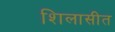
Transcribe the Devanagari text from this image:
शिलासीत